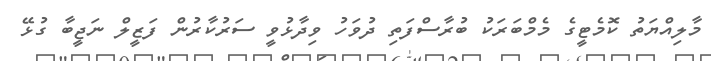
މާލިއްޔަތު ކޮމެޓީގެ މެމްބަރަކު ބުރާސްފަތި ދުވަހު ވިދާޅުވީ ސަރުކާރުން ފަޒީލް ނަޖީބާ ގުޅޭ